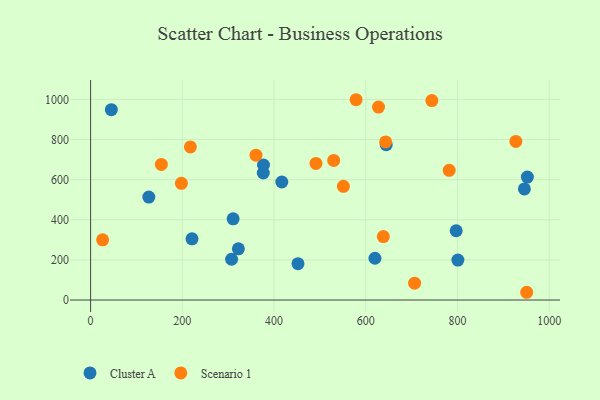
{"axis": {"x": "Distance", "y": "Salary"}, "legend": ["Cluster A", "Scenario 1"], "data": [{"x": "377.0", "y": 673.1, "type": "Cluster A"}, {"x": "800.9", "y": 199.2, "type": "Cluster A"}, {"x": "945.9", "y": 553.7, "type": "Cluster A"}, {"x": "797.2", "y": 345.4, "type": "Cluster A"}, {"x": "620.0", "y": 208.3, "type": "Cluster A"}, {"x": "221.1", "y": 305.0, "type": "Cluster A"}, {"x": "310.8", "y": 404.8, "type": "Cluster A"}, {"x": "322.2", "y": 255.4, "type": "Cluster A"}, {"x": "416.9", "y": 588.3, "type": "Cluster A"}, {"x": "644.6", "y": 774.5, "type": "Cluster A"}, {"x": "376.5", "y": 633.1, "type": "Cluster A"}, {"x": "452.2", "y": 181.3, "type": "Cluster A"}, {"x": "952.4", "y": 613.0, "type": "Cluster A"}, {"x": "45.2", "y": 948.8, "type": "Cluster A"}, {"x": "307.4", "y": 203.2, "type": "Cluster A"}, {"x": "126.9", "y": 513.3, "type": "Cluster A"}, {"x": "643.3", "y": 788.3, "type": "Scenario 1"}, {"x": "950.9", "y": 38.6, "type": "Scenario 1"}, {"x": "26.2", "y": 300.2, "type": "Scenario 1"}, {"x": "706.5", "y": 84.1, "type": "Scenario 1"}, {"x": "491.4", "y": 680.7, "type": "Scenario 1"}, {"x": "638.3", "y": 316.3, "type": "Scenario 1"}, {"x": "551.2", "y": 566.8, "type": "Scenario 1"}, {"x": "744.1", "y": 994.5, "type": "Scenario 1"}, {"x": "154.3", "y": 676.0, "type": "Scenario 1"}, {"x": "360.6", "y": 722.0, "type": "Scenario 1"}, {"x": "927.3", "y": 790.4, "type": "Scenario 1"}, {"x": "530.1", "y": 695.8, "type": "Scenario 1"}, {"x": "198.0", "y": 581.5, "type": "Scenario 1"}, {"x": "578.9", "y": 998.5, "type": "Scenario 1"}, {"x": "627.8", "y": 961.7, "type": "Scenario 1"}, {"x": "217.6", "y": 763.2, "type": "Scenario 1"}, {"x": "781.9", "y": 646.5, "type": "Scenario 1"}]}